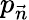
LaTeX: p_{\vec{n}}